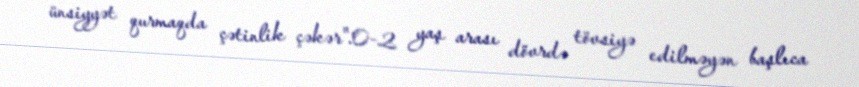
ünsiyyət qurmaqda çətinlik çəkər".0-2 yaş arası dövrdə tövsiyə edilməyən başlıca